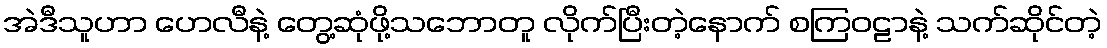
အဲဒီသူဟာ ဟေလီနဲ့ တွေ့ဆုံဖို့သဘောတူ လိုက်ပြီးတဲ့နောက် စကြဝဠာနဲ့ သက်ဆိုင်တဲ့